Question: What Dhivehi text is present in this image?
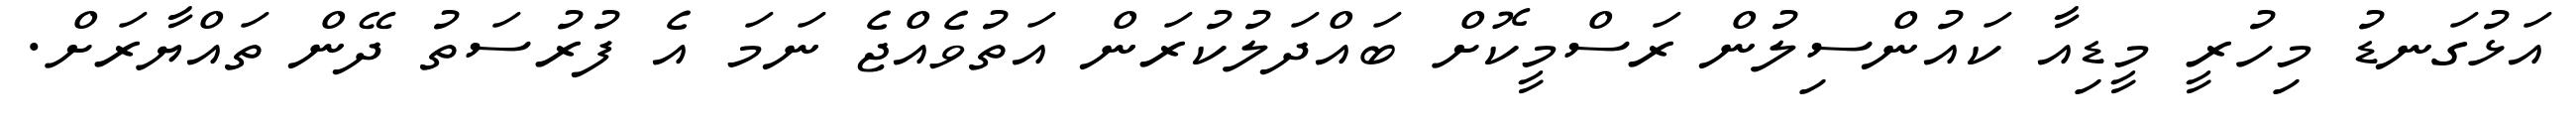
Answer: އަޅުގަނޑު މިހުރީ މީޑިއާ ކައުންސިލުން ރަސްމީކޮށް ބައްދަލުކުރަން އަތުވެއްޖެ ނަމަ އެ ފުރުސަތު ދޭން ތައްޔާރަށް.